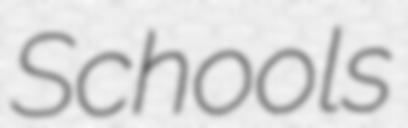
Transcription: Schools